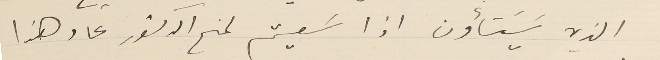
الذي يَسَتأون اذا سَعيتم لمنح الدكتور عاد هذا